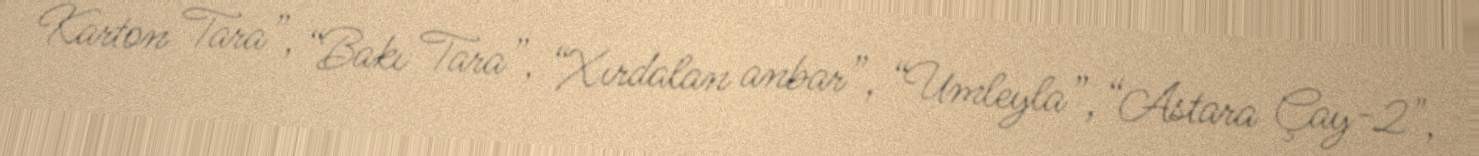
Karton Tara”, “Bakı Tara”, “Xırdalan anbar”, “Umleyla”, “Astara Çay-2",